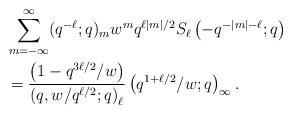
LaTeX: \begin{align*}\begin{aligned} & \sum_{m=-\infty}^{\infty}(q^{-\ell};q)_{m}w^{m}q^{\ell|m|/2}S_{\ell}\left(-q^{-|m|-\ell};q\right)\\ & =\frac{\left(1-q^{3\ell/2}/w\right)}{\left(q,w/q^{\ell/2};q\right)_{\ell}}\left(q^{1+\ell/2}/w;q\right)_{\infty}.\end{aligned}\end{align*}